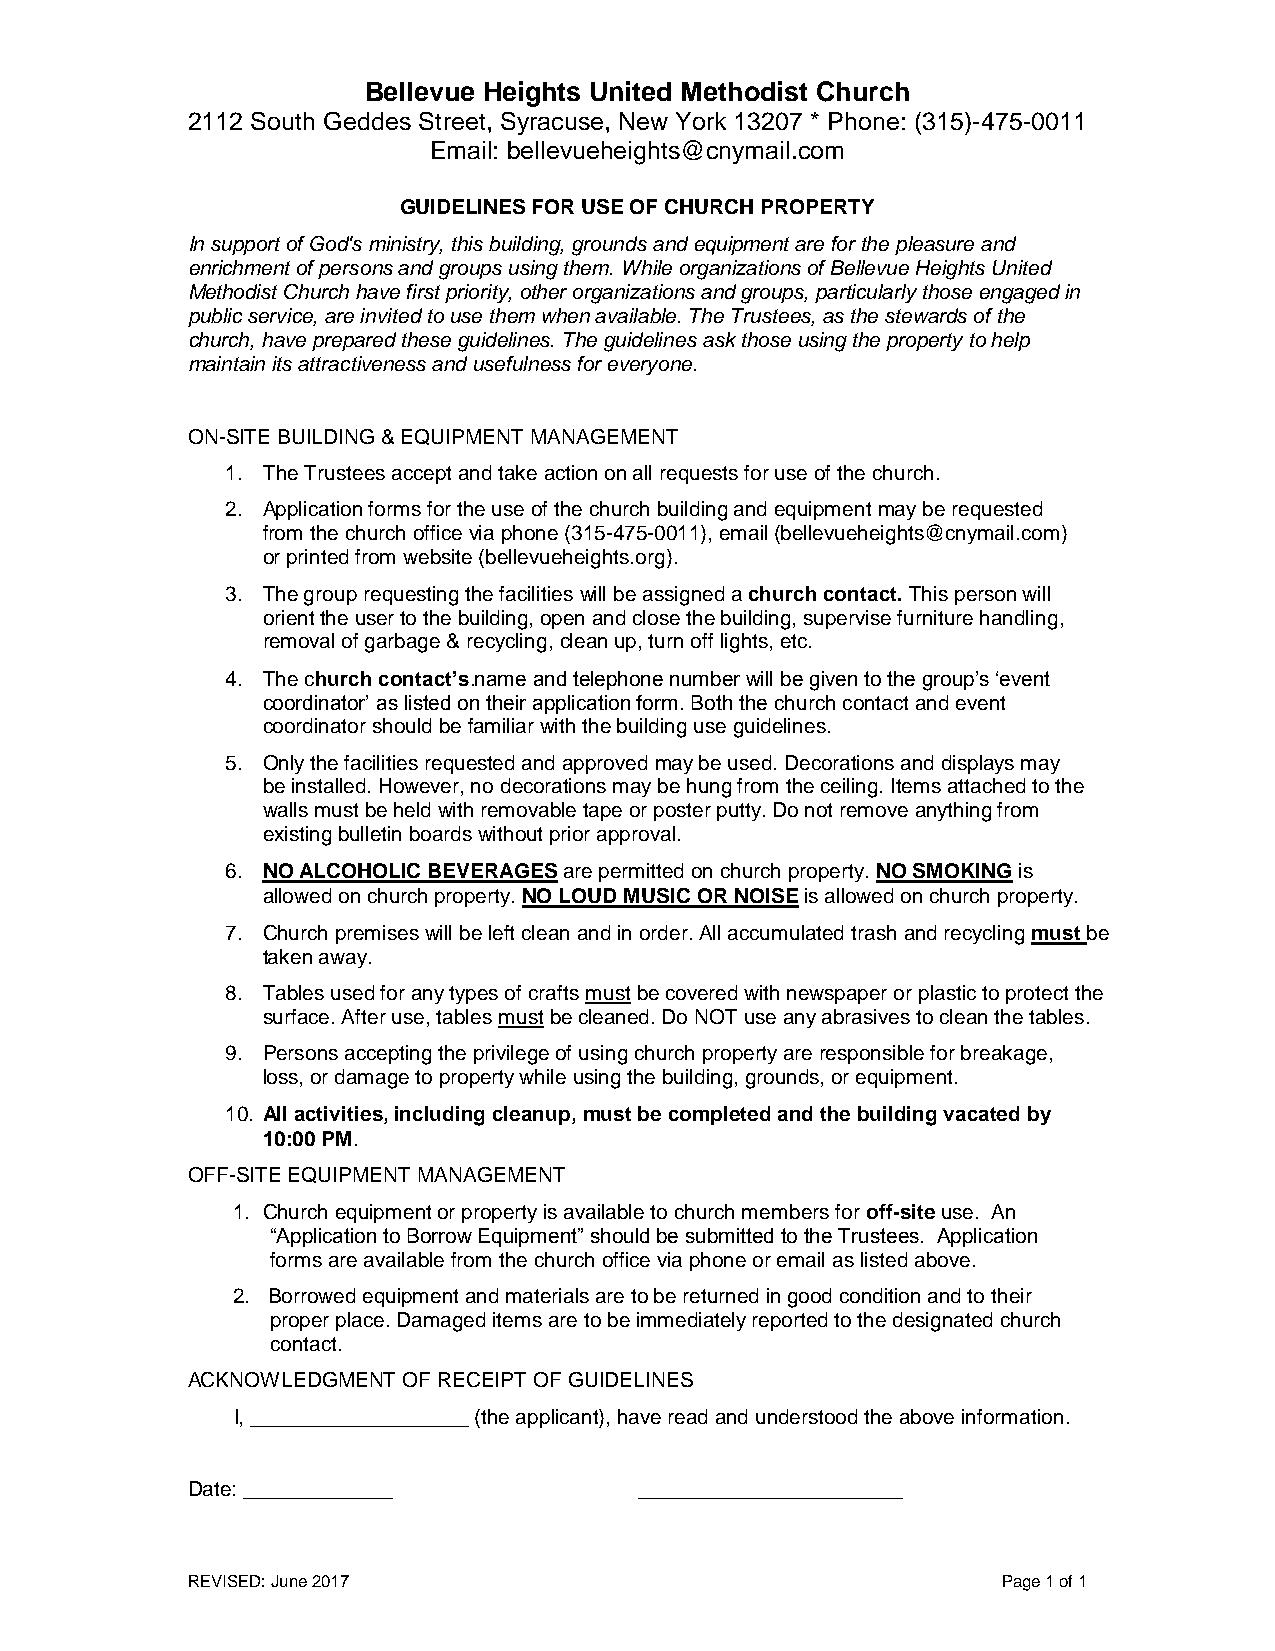
Bellevue Heights United Methodist Church
 2112 South Geddes Street, Syracuse, New York 13207 * Phone: (315)-475-0011
 Email: bellevueheights@cnymail.com
 GUIDELINES FOR USE OF CHURCH PROPERTY
 In support of God's ministry, this building, grounds and equipment are for the pleasure and
 enrichment of persons and groups using them. While organizations of Bellevue Heights United
 Methodist Church have first priority, other organizations and groups, particularly those engaged in
 public service, are invited to use them when available. The Trustees, as the stewards of the
 church, have prepared these guidelines. The guidelines ask those using the property to help
 maintain its attractiveness and usefulness for everyone.
 ON-SITE BUILDING & EQUIPMENT MANAGEMENT
 1. The Trustees accept and take action on all requests for use of the church.
 2. Application forms for the use of the church building and equipment may be requested
 from the church office via phone (315-475-0011), email (bellevueheights@cnymail.com)
 or printed from website (bellevueheights.org).
 3. The group requesting the facilities will be assigned a church contact. This person will
 orient the user to the building, open and close the building, supervise furniture handling,
 removal of garbage & recycling, clean up, turn off lights, etc.
 4. The church contact’s.name and telephone number will be given to the group’s ‘event
 coordinator’ as listed on their application form. Both the church contact and event
 coordinator should be familiar with the building use guidelines.
 5. Only the facilities requested and approved may be used. Decorations and displays may
 be installed. However, no decorations may be hung from the ceiling. Items attached to the
 walls must be held with removable tape or poster putty. Do not remove anything from
 existing bulletin boards without prior approval.
 6. NO ALCOHOLIC BEVERAGES are permitted on church property. NO SMOKING is
 allowed on church property. NO LOUD MUSIC OR NOISE is allowed on church property.
 7. Church premises will be left clean and in order. All accumulated trash and recycling must be
 taken away.
 8. Tables used for any types of crafts must be covered with newspaper or plastic to protect the
 surface. After use, tables must be cleaned. Do NOT use any abrasives to clean the tables.
 9. Persons accepting the privilege of using church property are responsible for breakage,
 loss, or damage to property while using the building, grounds, or equipment.
 10. All activities, including cleanup, must be completed and the building vacated by
 10:00 PM.
 OFF-SITE EQUIPMENT MANAGEMENT
 1. Church equipment or property is available to church members for off-site use. An
 “Application to Borrow Equipment” should be submitted to the Trustees. Application
 forms are available from the church office via phone or email as listed above.
 2. Borrowed equipment and materials are to be returned in good condition and to their
 proper place. Damaged items are to be immediately reported to the designated church
 contact.
 ACKNOWLEDGMENT OF RECEIPT OF GUIDELINES
 I, ___________________ (the applicant), have read and understood the above information.
 Date: _____________           _______________________
 REVISED: June 2017                                    Page 1 of 1